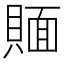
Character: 𰷉